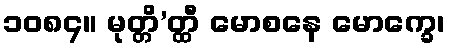
၁၀၈၄။ မုတ္တိ’တ္ထီ မောစနေ မောက္ခေ၊